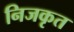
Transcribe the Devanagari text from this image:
निजकृत